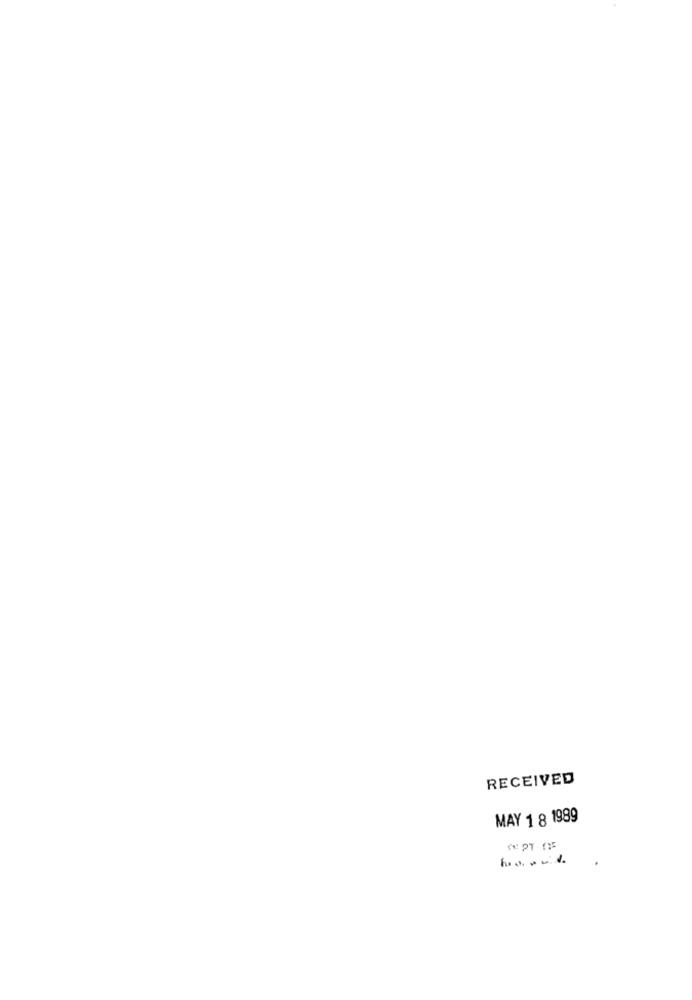
RECEIVED
MAY 1 8 1989